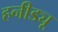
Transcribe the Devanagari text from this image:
हनीड्यू